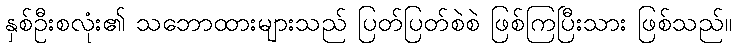
နှစ်ဦးစလုံး၏ သဘောထားများသည် ပြတ်ပြတ်စဲစဲ ဖြစ်ကြပြီးသား ဖြစ်သည်။